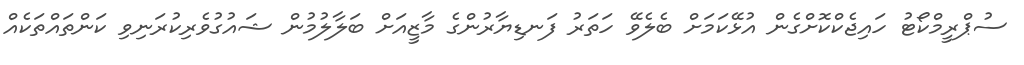
ސުޕްރީމްކޯޓު ހައިޖެކްކޮށްގެން އުޅޭކަމަށް ބެލެވޭ ހަތަރު ފަނޑިޔާރުންގެ މާޒީއަށް ބަލާލުމުން ޝައުގުވެރިކުރަނިވި ކަންތައްތަކެއް